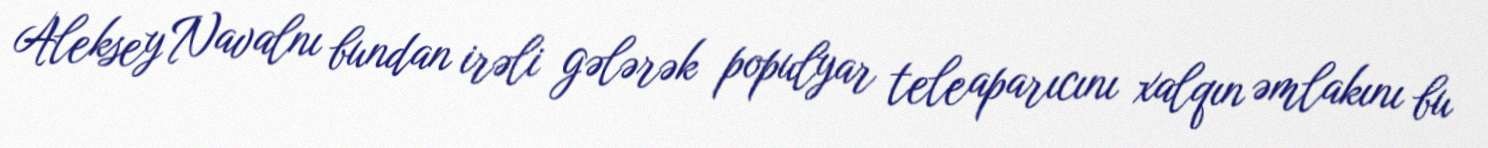
Aleksey Navalnı bundan irəli gələrək populyar teleaparıcını xalqın əmlakını bu